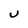
Character: U